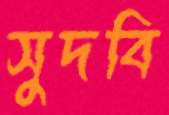
সুদবি